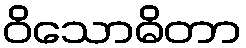
ဝိသောဓိတာ